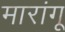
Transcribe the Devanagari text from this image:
मारांगू